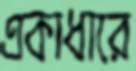
একাধারে